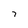
Character: 7